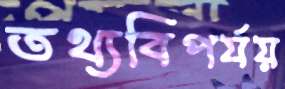
তথ্যবিপর্যয়